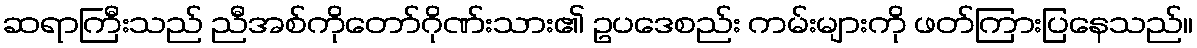
ဆရာကြီးသည် ညီအစ်ကိုတော်ဂိုဏ်းသား၏ ဥပဒေစည်း ကမ်းများကို ဖတ်ကြားပြနေသည်။